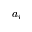
a _ { i }